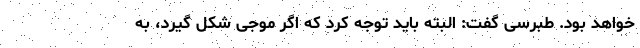
خواهد بود. طبرسی گفت: البته باید توجه کرد که اگر موجی شکل گیرد، به